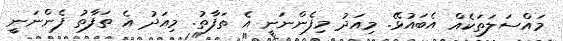
މައްސަލަތަކެއް އެބައުޅޭ. މިއަދު މިފެންނަނީ އެ ތަފާތު. މިއަދު އެ ތަފާތު ފެންނަނީ